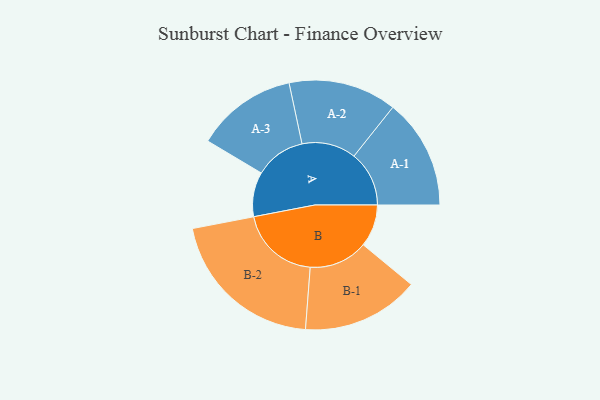
{"axis": {"x": "Segment", "y": "Value"}, "legend": ["", "A", "B"], "data": [{"x": "A", "y": 136, "type": ""}, {"x": "B", "y": 129, "type": ""}, {"x": "A-1", "y": 168, "type": "A"}, {"x": "A-2", "y": 165, "type": "A"}, {"x": "A-3", "y": 154, "type": "A"}, {"x": "B-1", "y": 179, "type": "B"}, {"x": "B-2", "y": 244, "type": "B"}]}